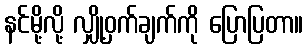
နင်မို့လို့ လျှို့ဝှက်ချက်ကို ပြောပြတာ။